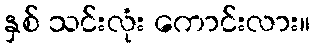
နှစ် သင်းလုံး ကောင်းလား။